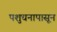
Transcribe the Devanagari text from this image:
पशुधनापासून